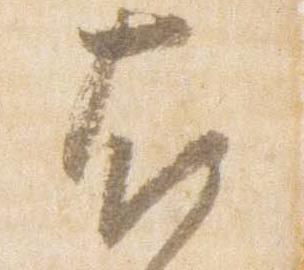
右